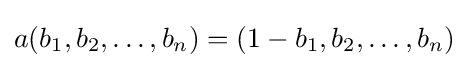
a(b_{1},b_{2},\ldots ,b_{n})=(1-b_{1},b_{2},\ldots ,b_{n})